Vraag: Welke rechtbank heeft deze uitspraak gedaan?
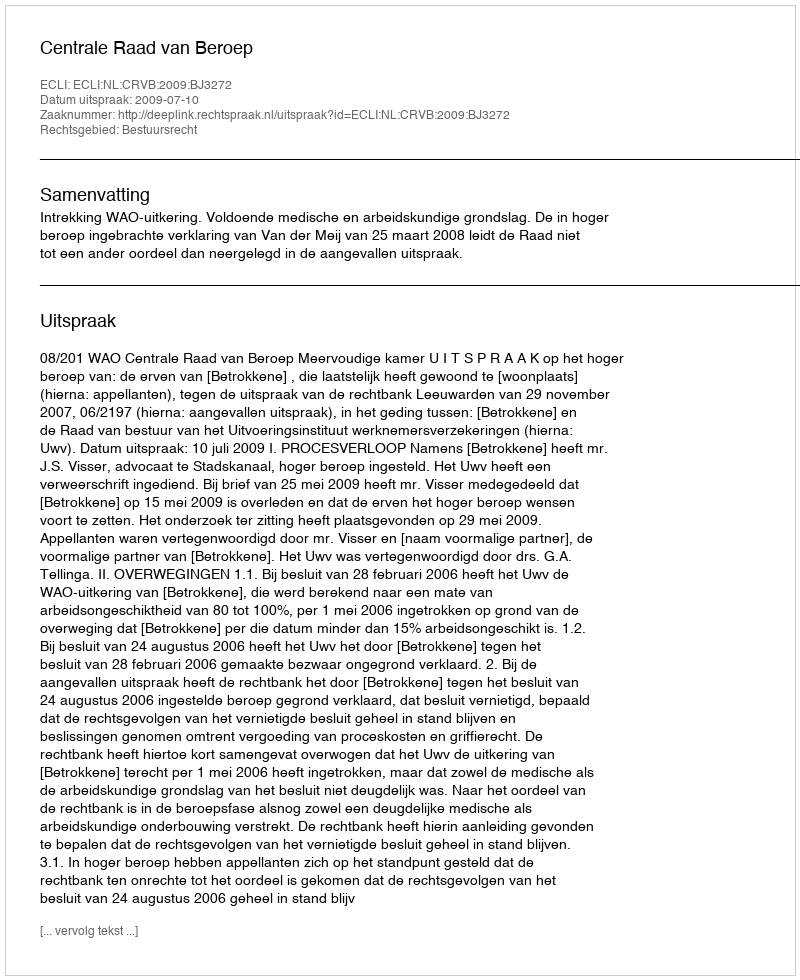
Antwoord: Centrale Raad van Beroep